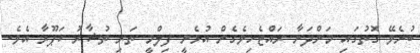
ބުނެވޭ ގޮތުގައި މަންދަނާ ރައްޓެހިވެގެން އުޅެނީ ފިލްމީ ތަރި ތުޝާރު ކަޕޫރާ އެވެ.